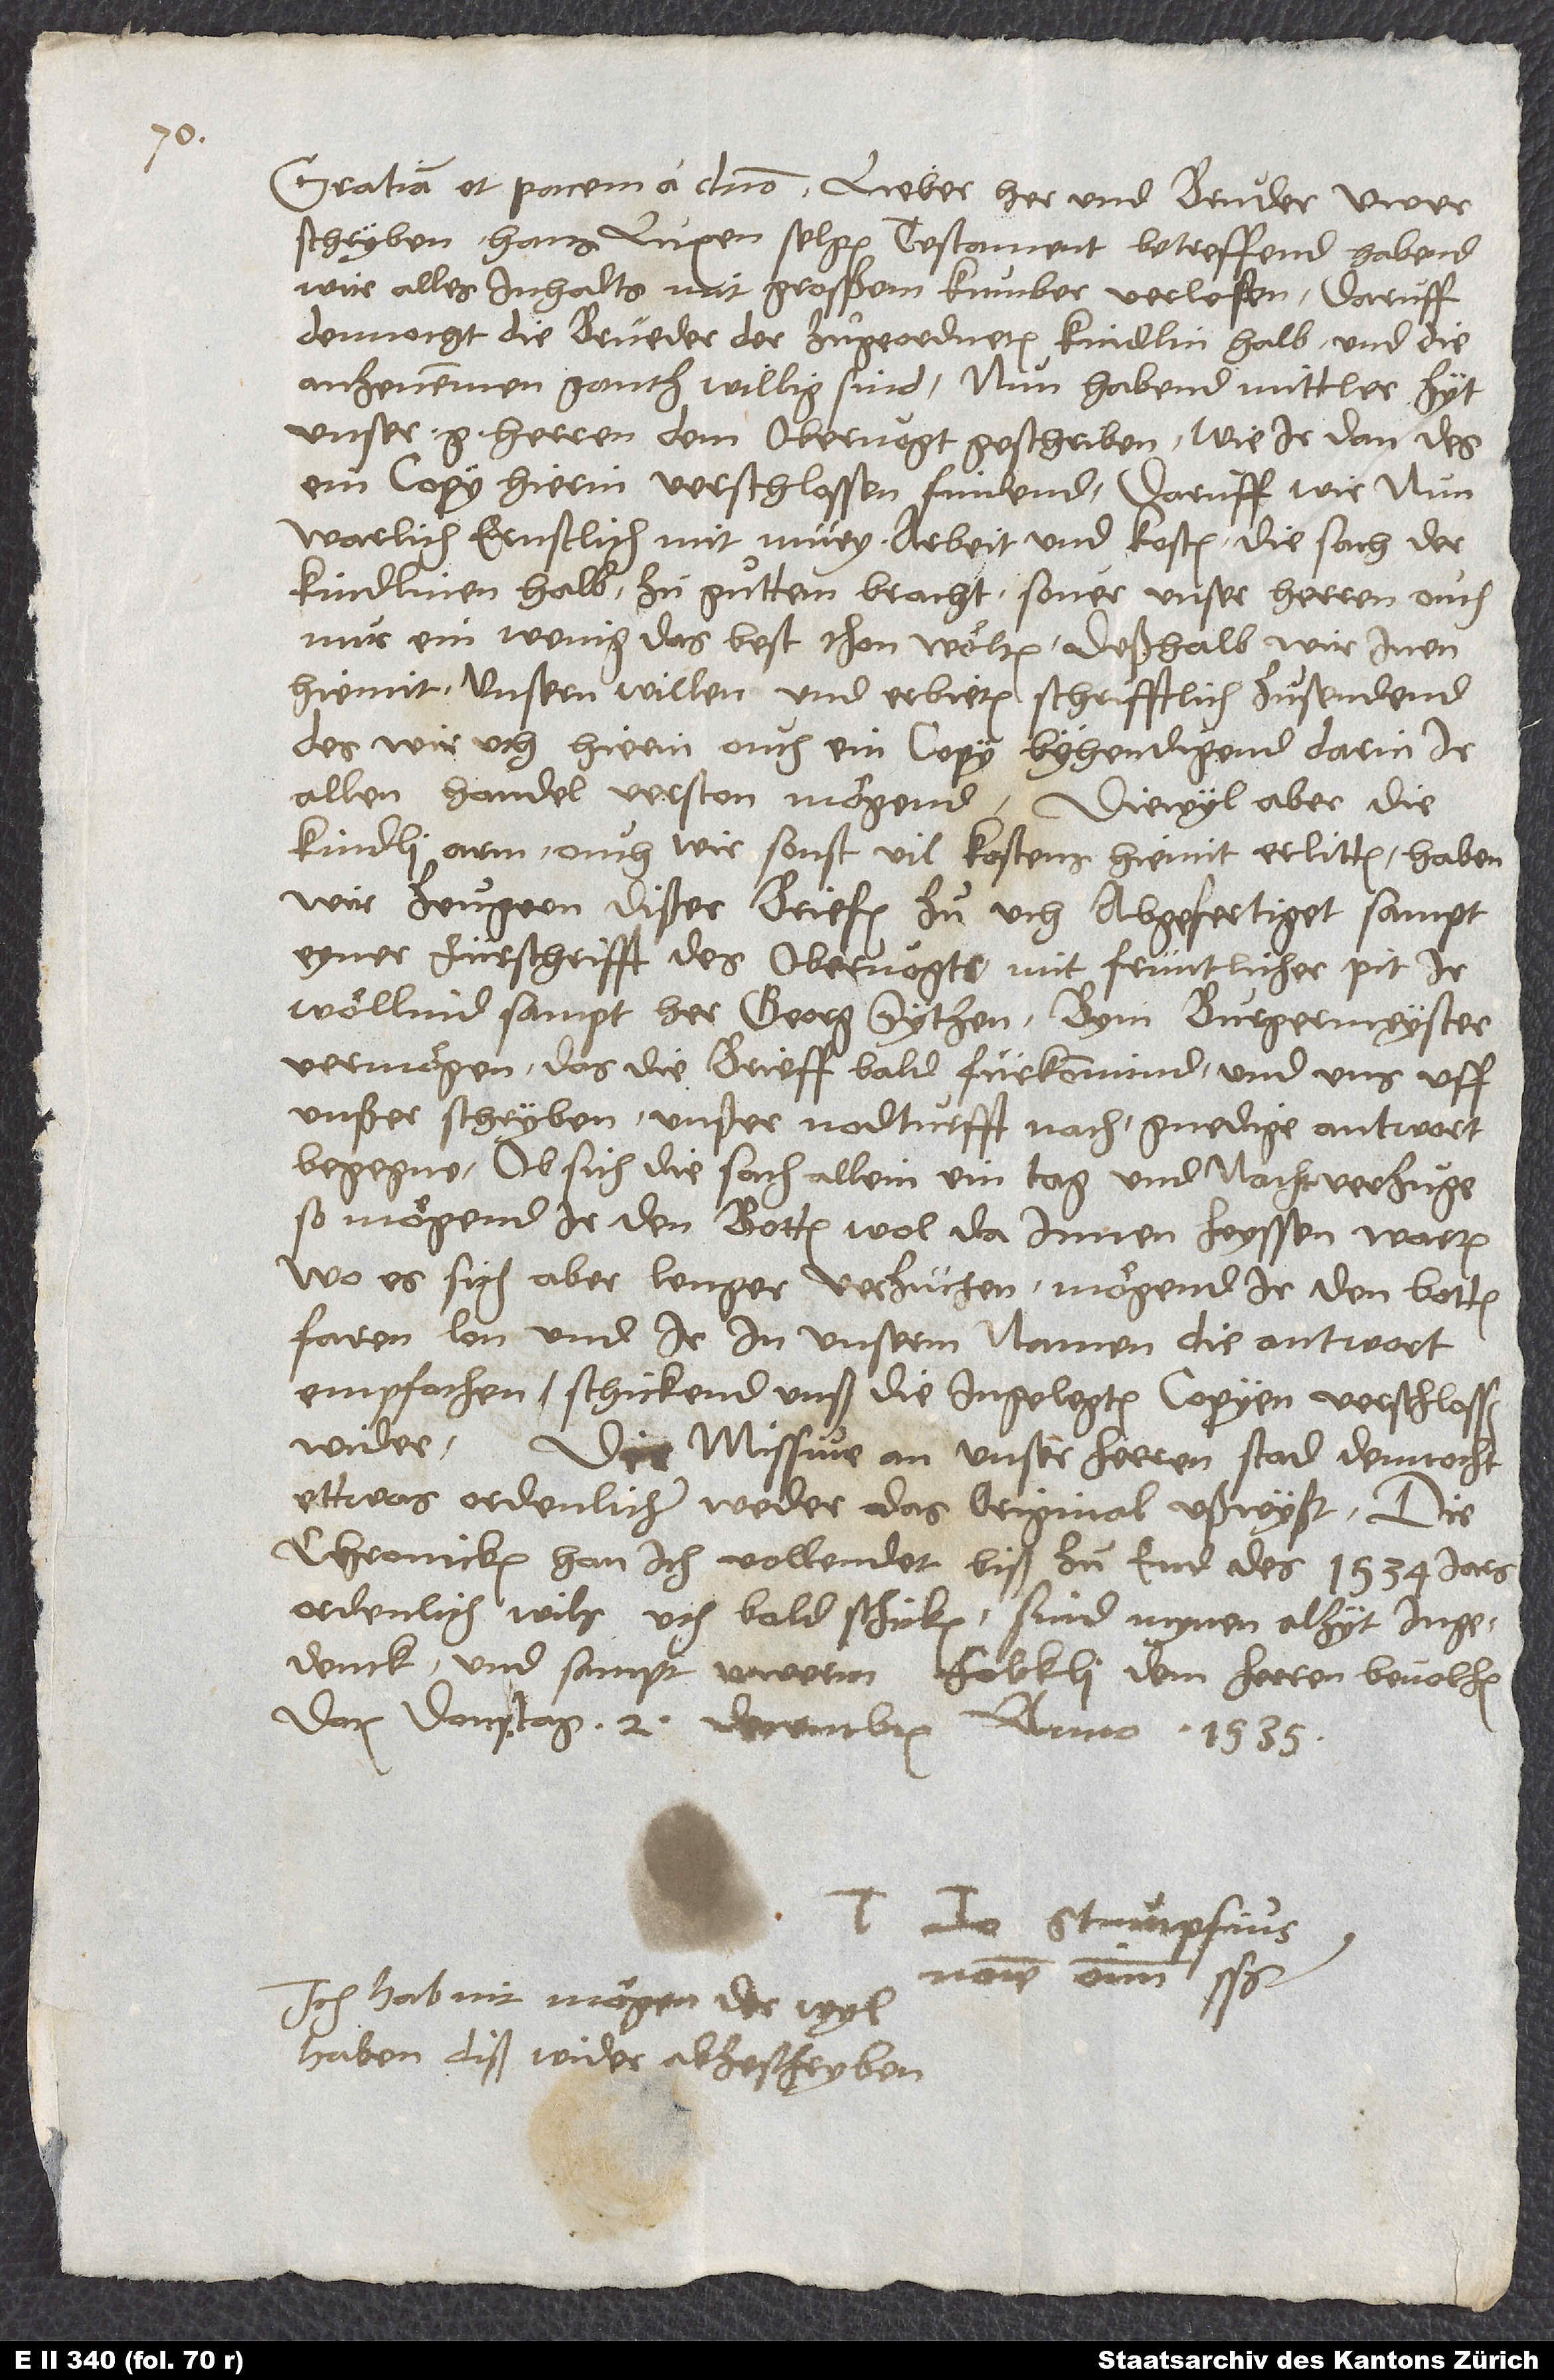
Gratiam et pacem a domino. Lieber her und bruͦder, uwer
schryben, Hans Luxen selgen testament betreffend, habend
wir alles inhalts mit grosßem kumber verlesen. Daruff
dennocht die brüeder der zuͦgeordneten kindlin halb und die
anzenemmen gantz willig sind. Nun habend mittler zyt
unser g herren dem obervogt geschriben, wie ir dan des
ein copy hierin verschlossen findend. Daruff wir nun
warlich ernstlich mit müey, arbeit und kosten die sach der
kindlinen halb zu guͦttem bracht, sover unser herren ouch
nur ein wenig das best thon wölten. Deßhalb wir inen
hiemit unsern willen und erbieten schrifftlich zuͦsendend;
des wir uch hierin ouch ein copy byhendigend, darin ir
allen handel verston mögend. Diewyl aber die
kindli arm, ouch wir sonst vil kostens hiemit erlitten, haben
wir zeugern dißer briefen zuͦ uch abgefertiget, sampt
eyner fürschrifft' des obervogts, mit früntlicher pit, ir
wöllind sampt her Georg Sytzen bym burgermeyster
vermögen, das die brieff bald fürkommind, und uns uff
unßer schryben, unßer nodturfft nach, gnedige antwort
begegne. Ob sich die sach allein ein tag und nacht verzuge,
so mögend ir den botten wol da innen heyssen warten;
wo es sich aber lenger verzüchen, mögend ir den botten
faren lon und ir in unserm namen die antwort
empfachen. Schickend unß die ingelegten copyen verschlossen
wider. Die missive an unser herren stad dennocht
ettwas ordenlicher, weder das original ußwyßt. Die
chronicken han ich vollendet biß zu end des 1534. jars
ordenlich; wils uch bald schicken. Sind mynen alzyt ingedenck
und sampt uwerm folckli dem herren bevolhen.
Datum donstag, 2. decembris anno 1535.
nomine omnium scripsit.
Ich hab nit mögen der wyl
haben, diß wider abzeschryben.